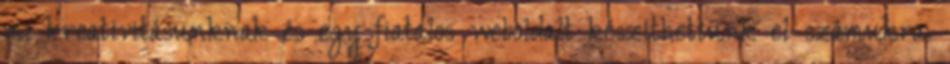
mi kreativitásunknak és egy fiatalos weboldalt készíthettünk el számukra.